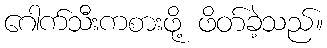
ဂေါက်သီးကစားဖို့ ဖိတ်ခဲ့သည်။